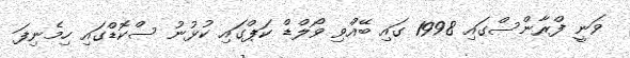
ވަނީ ފްރާންސްގައި 1998 ގައި ބޭއްވި ވޯލްޑް ކަޕްގައި ކުޅުނު ސްކޮޑްގައި ހިމެނިފަ